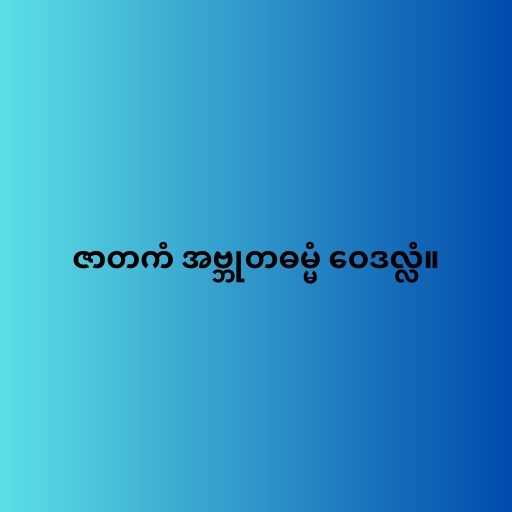
ဇာတကံ အဗ္ဘုတဓမ္မံ ဝေဒလ္လံ။